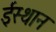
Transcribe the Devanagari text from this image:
ईस्थान